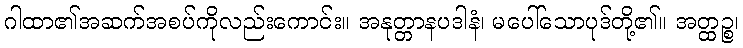
ဂါထာ၏အဆက်အစပ်ကိုလည်းကောင်း။ အနုတ္တာနပဒါနံ၊ မပေါ်သောပုဒ်တို့၏။ အတ္ထဉ္စ၊